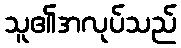
သူ၏အလုပ်သည်